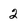
Character: 2